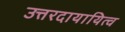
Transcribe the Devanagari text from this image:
उत्तरदायायित्व